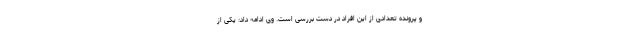
و پرونده تعدادی از این افراد در دست بررسی است. وی ادامه داد: یکی از